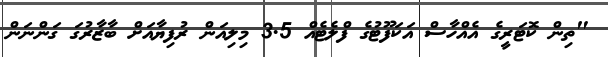
"ތިން ކޮޓަރީގެ އެއްހާސް އަކަފޫޓުގެ ފްލެޓެއް 3.5 މިލިއަން ރުފިޔާއަށް ބާޒާރުގަ ގަންނަން